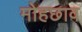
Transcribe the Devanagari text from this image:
मोहछाव